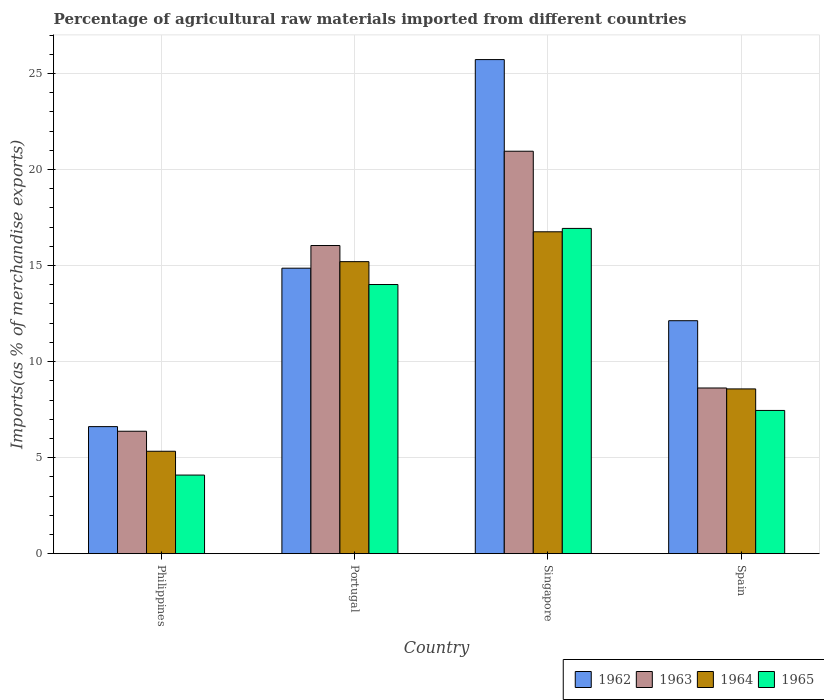
| Country | 1962 | 1963 | 1964 | 1965 |
 | --- | --- | --- | --- | --- |
 | Philippines | 6.61 | 6.37 | 5.33 | 4.09 |
 | Portugal | 14.9 | 16 | 15.2 | 14 |
 | Singapore | 25.7 | 21 | 16.8 | 16.9 |
 | Spain | 12.1 | 8.63 | 8.58 | 7.46 |